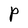
Character: P